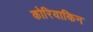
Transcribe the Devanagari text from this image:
कोरियाकिन